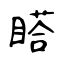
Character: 𥉌